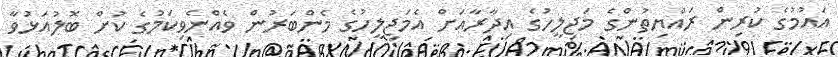
އައުމުގެ ކުރިން ރައްޔިތުންގެ މަޖިލީހުގެ އިދާރާއަށް އެމަޖިލީހުގެ މެންބަރުން ވެއްނެވިކަމުގެ ކުށް ބޮލުއަޅުވާ